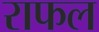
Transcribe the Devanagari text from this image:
राफल